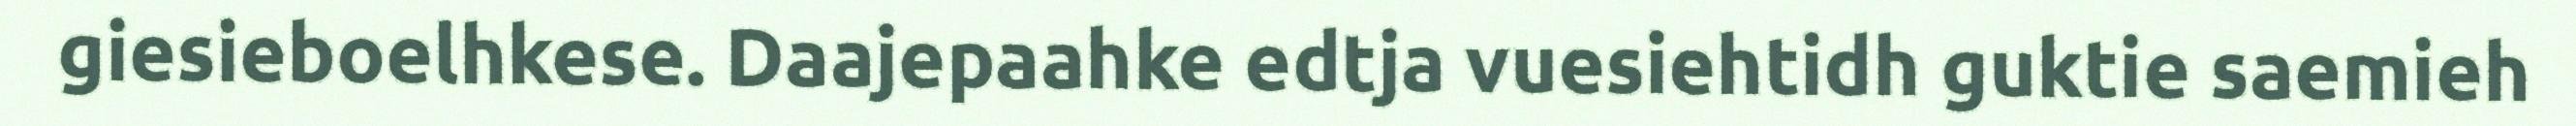
giesieboelhkese. Daajepaahke edtja vuesiehtidh guktie saemieh